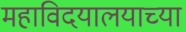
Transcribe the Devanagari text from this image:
महाविदयालयाच्या